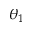
\theta _ { 1 }